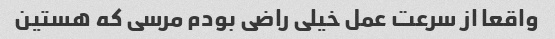
واقعا از سرعت عمل خیلی راضی بودم مرسی که هستین